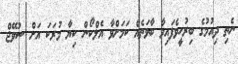
ނެތި ދިއުމުގެ ބިރުހީވެފައިވާ ބާވަތެއް ކަމަށްވާ އެލްކޯން ކިޔާ މުރަކަ އަށް ސުވޭޖް